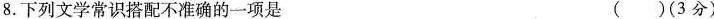
8.下列文学常识搭配不准确的一项是 ()(3分)